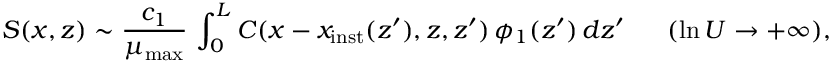
S ( x , z ) \sim \frac { c _ { 1 } } { \mu _ { \mathrm { m a x } } } \, \int _ { 0 } ^ { L } C ( x - x _ { \mathrm { i n s t } } ( z ^ { \prime } ) , z , z ^ { \prime } ) \, \phi _ { 1 } ( z ^ { \prime } ) \, d z ^ { \prime } \ \ \ \ \ ( \ln U \to + \infty ) ,